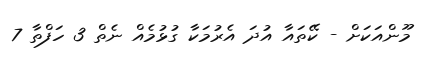
މޫންއަކަށް - ކޭތައާ އުދަ އެރުމަކާ ގުޅުމެއް ނެތް 3 ހަފްތާ 7